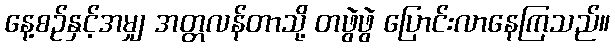
နေ့စဉ်နှင့်အမျှ အတ္တလန်တာသို့ တဖွဲဖွဲ ပြောင်းလာနေကြသည်။